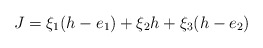
\begin{align*} J= \xi_1(h-e_1) + \xi_2 h + \xi_3 (h-e_2)\end{align*}